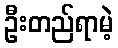
ဦးတည်ရာမဲ့